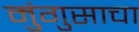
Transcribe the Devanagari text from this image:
मुंगुसाचा